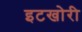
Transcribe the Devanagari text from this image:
इटखोरी